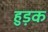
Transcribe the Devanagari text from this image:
हुड़क